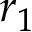
r _ { 1 }